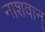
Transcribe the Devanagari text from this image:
नाशवान्‌